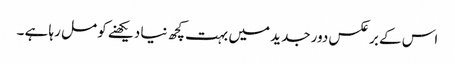
اس کے برعکس دور جدید میں بہت کچھ نیا دیکھنے کو مل رہا ہے ۔